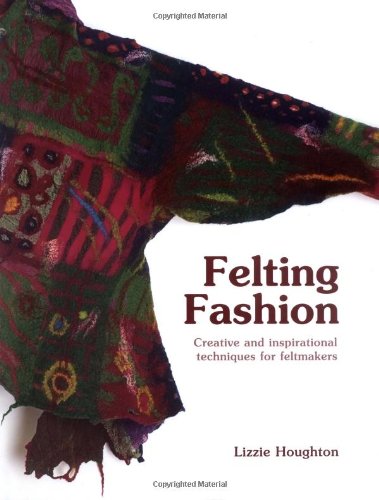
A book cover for Felting Fashion: Creative and Inspirational Techniques for Feltmakers; Lizzie Houghton; Crafts, Hobbies & Home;